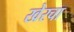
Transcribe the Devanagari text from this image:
खेरचा